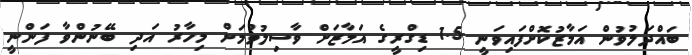
ބައްދަލުވުން އަމާޒުކޮށްފައިވަނީ 1.5 ޑިގްރީގެ އަމާޒަށް ވާސިލުވުމަށް މިހާރު އަދި ބޭނުންވާ ފަންނީ